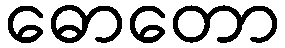
ဓောတော